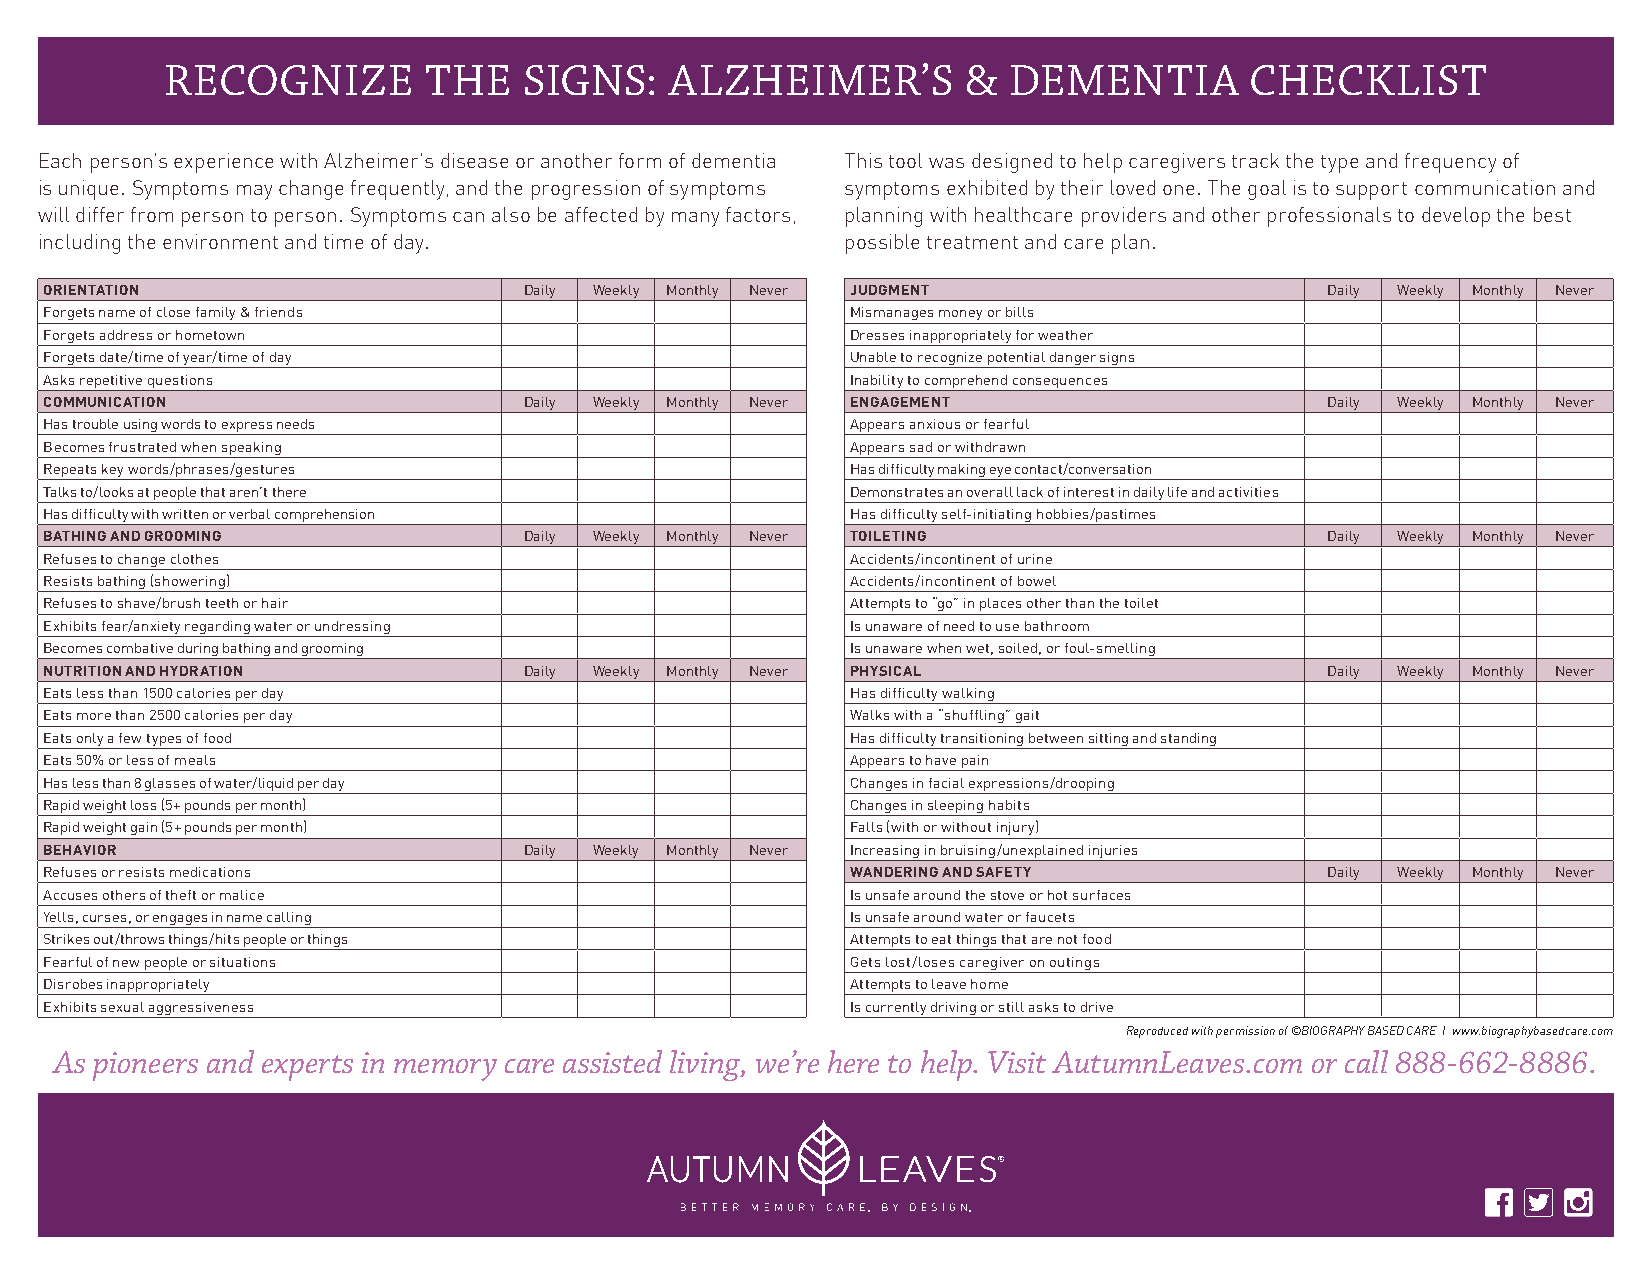
RECOGNIZE        THE    SIGNS:   ALZHEIMER’S         &  DEMENTIA        CHECKLIST
 Each person’s experience with Alzheimer’s disease or another form of dementia This tool was designed to help caregivers track the type and frequency of
 is unique. Symptoms may change frequently, and the progression of symptoms symptoms exhibited by their loved one. The goal is to support communication and
 will differ from person to person. Symptoms can also be affected by many factors, planning with healthcare providers and other professionals to develop the best
 including the environment and time of day.            possible treatment and care plan.
 ORIENTATION                     Daily Weekly Monthly Never JUDGMENT                  Daily Weekly Monthly Never
 Forgets name of close family & friends               Mismanages money or bills
 Forgets address or hometown                          Dresses inappropriately for weather
 Forgets date/time of year/time of day                Unable to recognize potential danger signs
 Asks repetitive questions                            Inability to comprehend consequences
 COMMUNICATION                   Daily Weekly Monthly Never ENGAGEMENT                Daily Weekly Monthly Never
 Has trouble using words to express needs             Appears anxious or fearful
 Becomes frustrated when speaking                     Appears sad or withdrawn
 Repeats key words/phrases/gestures                   Has difficulty making eye contact/conversation
 Talks to/looks at people that aren’t there           Demonstrates an overall lack of interest in daily life and activities
 Has difficulty with written or verbal comprehension  Has difficulty self-initiating hobbies/pastimes
 BATHING AND GROOMING            Daily Weekly Monthly Never TOILETING                 Daily Weekly Monthly Never
 Refuses to change clothes                            Accidents/incontinent of urine
 Resists bathing (showering)                          Accidents/incontinent of bowel
 Refuses to shave/brush teeth or hair                 Attempts to “go” in places other than the toilet
 Exhibits fear/anxiety regarding water or undressing  Is unaware of need to use bathroom
 Becomes combative during bathing and grooming        Is unaware when wet, soiled, or foul-smelling
 NUTRITION AND HYDRATION         Daily Weekly Monthly Never PHYSICAL                  Daily Weekly Monthly Never
 Eats less than 1500 calories per day                 Has difficulty walking
 Eats more than 2500 calories per day                 Walks with a “shuffling” gait
 Eats only a few types of food                        Has difficulty transitioning between sitting and standing
 Eats 50% or less of meals                            Appears to have pain
 Has less than 8 glasses of water/liquid per day      Changes in facial expressions/drooping
 Rapid weight loss (5+ pounds per month)              Changes in sleeping habits
 Rapid weight gain (5+ pounds per month)              Falls (with or without injury)
 BEHAVIOR                        Daily Weekly Monthly Never Increasing in bruising/unexplained injuries
 Refuses or resists medications                       WANDERING AND SAFETY            Daily Weekly Monthly Never
 Accuses others of theft or malice                    Is unsafe around the stove or hot surfaces
 Yells, curses, or engages in name calling            Is unsafe around water or faucets
 Strikes out/throws things/hits people or things      Attempts to eat things that are not food
 Fearful of new people or situations                  Gets lost/loses caregiver on outings
 Disrobes inappropriately                             Attempts to leave home
 Exhibits sexual aggressiveness                       Is currently driving or still asks to drive
 Reproduced with permission of ©BIOGRAPHY BASED CARE | www.biographybasedcare.com
 As pioneers and experts in memory care assisted living, we’re here to help. Visit AutumnLeaves.com or call 888-662-8886.